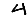
Digit: 4